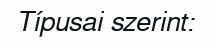
Típusai szerint: